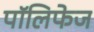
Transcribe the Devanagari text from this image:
पॉलिफेज